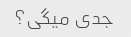
جدی میگی؟